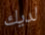
لديك